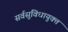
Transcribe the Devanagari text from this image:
सर्वसुविधायुक्त